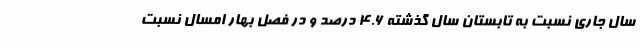
سال جاری نسبت به تابستان سال گذشته 4.6 درصد و در فصل بهار امسال نسبت